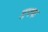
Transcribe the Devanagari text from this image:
डफ्फ